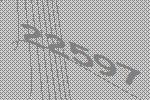
22597